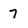
Character: 7